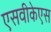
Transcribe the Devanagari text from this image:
एसवीकेएस